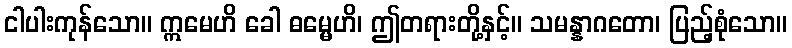
ငါပါးကုန်သော။ ဣမေဟိ ခေါ ဓမ္မေဟိ၊ ဤတရားတို့နှင့်။ သမန္နာဂတော၊ ပြည့်စုံသော။